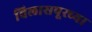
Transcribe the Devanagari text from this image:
विलासपूरच्या